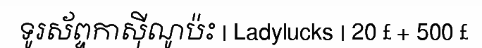
ទូរស័ព្ទកាស៊ីណូប៉ះ | Ladylucks | 20 £ + 500 £